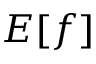
E [ f ]